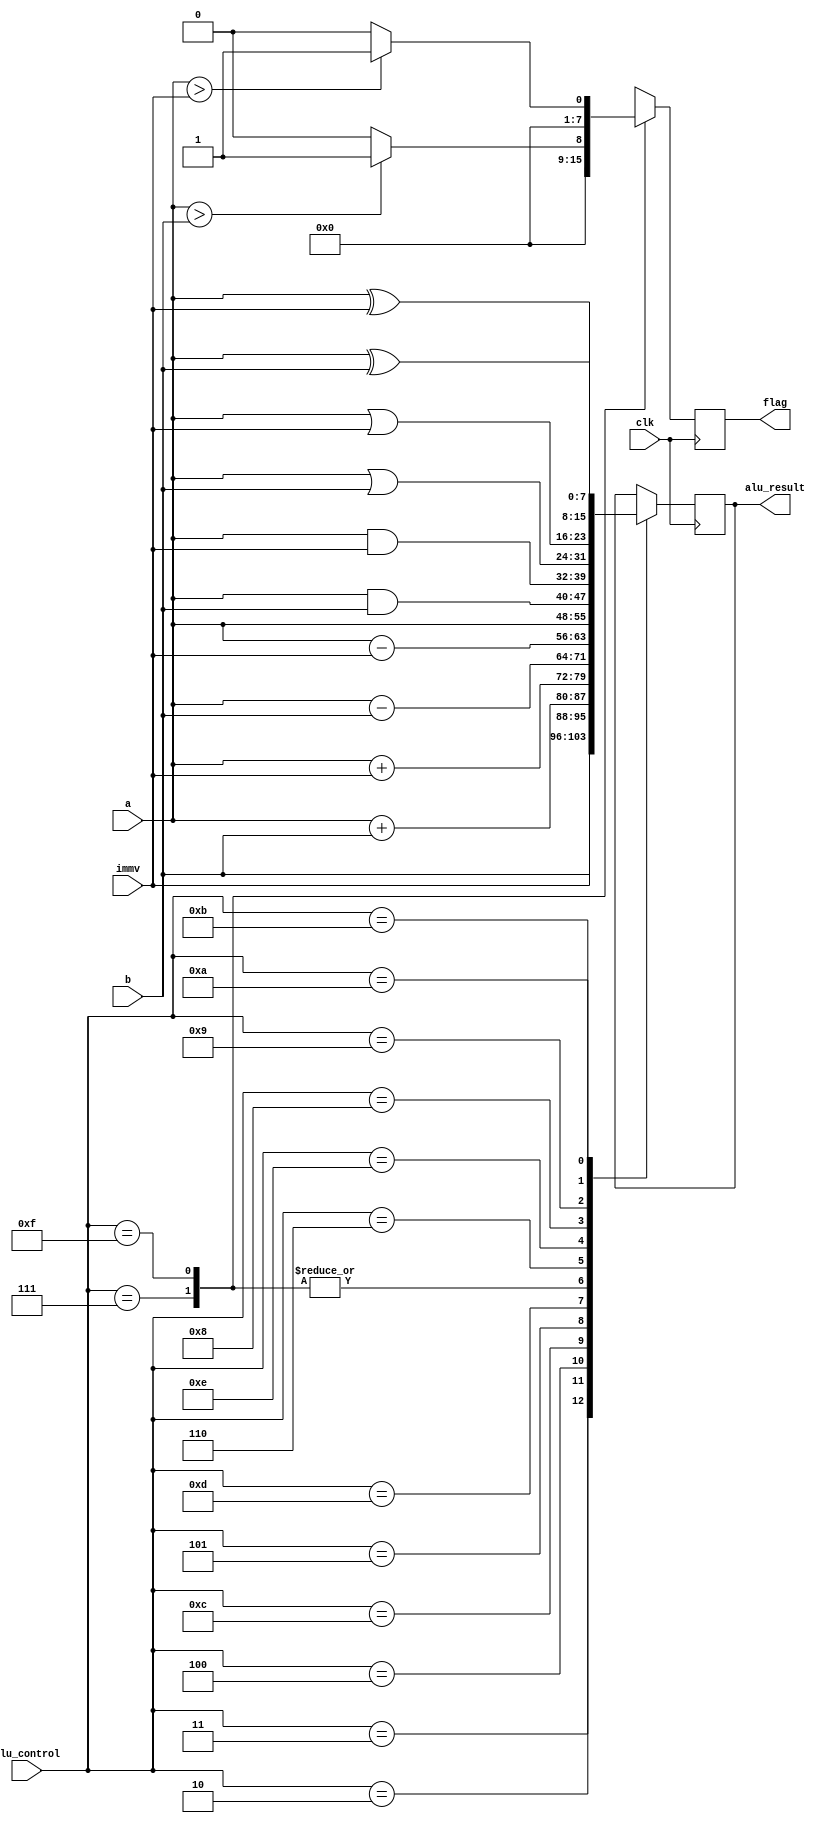
module ALU(
  input clk,
  input  [7:0] a,  //src1
  input  [7:0] b, immv,  //src2
  input  [3:0] alu_control, //function selection
  output reg [7:0] alu_result, flag  //alu_result
);

always @(posedge clk)
begin 
 case(alu_control)
//  4'b0000: alu_result = 0; // LD
//  4'b0001: alu_result = 0; // ST
 4'b0011: begin alu_result = b; flag = 8'dx; end    // MR
 4'b0010: begin alu_result = immv; flag = 8'dx; end  //MI
 4'b0100: begin alu_result = a + b; flag = 8'dx; end  // SUM
 4'b1100: begin alu_result = a + immv; flag = 8'dx; end // SMI
 4'b0101: begin alu_result = a - b; flag = 8'dx; end // SB
 4'b1101: begin alu_result = a - immv; flag = 8'dx; end // SBI
 4'b0111: begin alu_result = a; flag = (a > b) ? 8'b1:8'b0; end // CM
 4'b1111: begin alu_result = a; flag = (a > immv) ? 8'b1:8'b0; end // CMI
 4'b0110: begin alu_result = a & b; flag = 8'dx; end    // ANR
 4'b1110: begin alu_result = a & immv; flag = 8'dx; end  // ANI
 4'b1000: begin alu_result = a | b; flag = 8'dx; end  // ORR
 4'b1001: begin alu_result = a | immv; flag = 8'dx; end // ORI
 4'b1010: begin alu_result = a ^ b; flag = 8'dx; end  // XRR
 4'b1011: begin alu_result = a ^ immv; flag = 8'dx; end // XRI
 default: begin alu_result <= alu_result; flag = 8'dx; end // DEFAULT
 endcase
//  $display("%b %b %b", a, b, immv);
//  $display("%b", alu_control);
end
 
endmodule